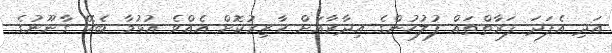
އަދި އެފަދަ ފަރާތްތައް ފުލުހުންގެ އިދާރާއަށް ހާޒިރުކޮށް އެއްވެ އުޅުމާ ބެހޭ ގާނޫނުގެ